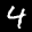
Label: 4